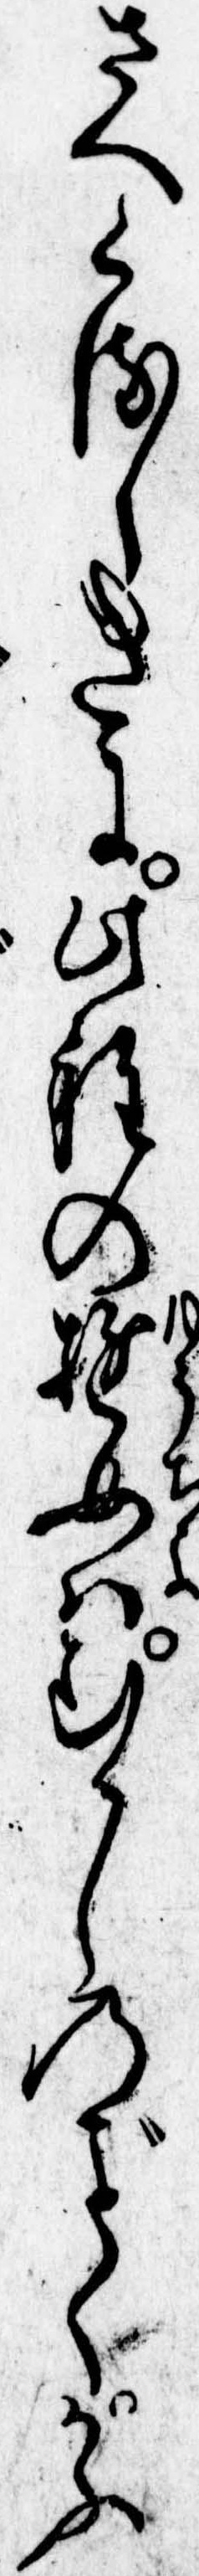
さへくるしきに此程の遊女はむかしのくかふ